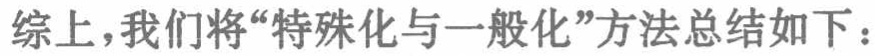
综上，我们将“特殊化与一般化”方法总结如下：